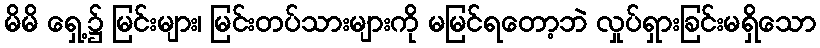
မိမိ ရှေ့၌ မြင်းများ၊ မြင်းတပ်သားများကို မမြင်ရတော့ဘဲ လှုပ်ရှားခြင်းမရှိသော